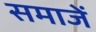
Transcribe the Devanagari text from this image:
समाजें